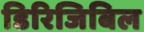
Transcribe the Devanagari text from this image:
डिरिजिबिल